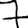
Digit: 7